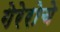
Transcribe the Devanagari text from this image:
गेरेरोचे